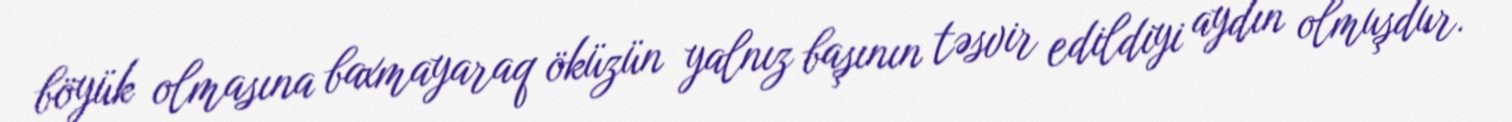
böyük olmasına baxmayaraq öküzün yalnız başının təsvir edildiyi aydın olmuşdur.